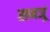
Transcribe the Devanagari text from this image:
समजूं